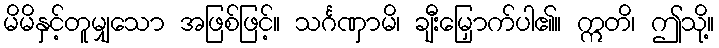
မိမိနှင့်တူမျှသော အဖြစ်ဖြင့်။ သင်္ဂဏှာမိ၊ ချီးမြှောက်ပါ၏။ ဣတိ၊ ဤသို့။